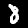
Digit: 8